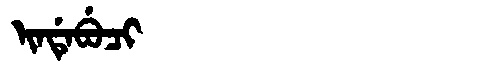
Manchu: ᡳᠨᡩᡝᠪᡠᠴᡳ
Romanization: INDEBUCI